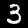
Digit: 3